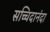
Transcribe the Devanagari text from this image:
सच्चिदानंदा